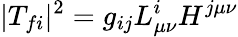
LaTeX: |T_{fi}|^{2}=g_{ij}L_{\mu\nu}^{i}H^{j\mu\nu}